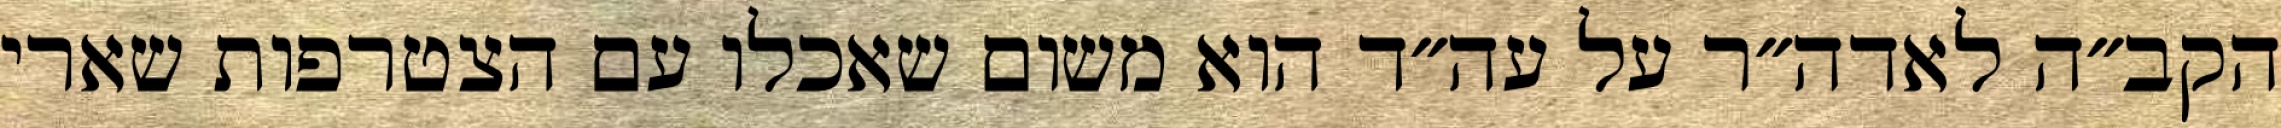
הקב״ה לאדה״ר על עה״ד הוא משום שאכלו עם הצטרפות שארי